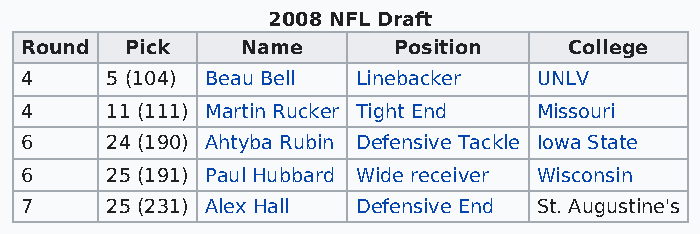
2008 NFL Draft
 Round  Pick    Name      Position    College
 4     5 (104) Beau Bell Linebacker UNLV
 4     11 (111) Martin Rucker Tight End Missouri
 6     24 (190) Ahtyba Rubin Defensive Tackle Iowa State
 6     25 (191) Paul Hubbard Wide receiver Wisconsin
 7     25 (231) Alex Hall Defensive End St. Augustine's